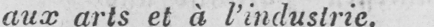
aux arts et à l’industrie.